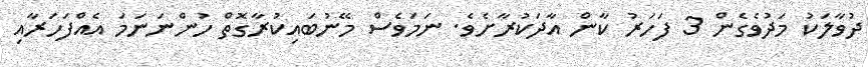
ދުވާލަކު މަދުވެގެން 3 ފަހަރު ކާން އާދަކުރާށެވެ. ނަމަވެސް މޭނުބައިކުރާގޮތް ހުންނަނަމަ އެއްފަހަރާއި